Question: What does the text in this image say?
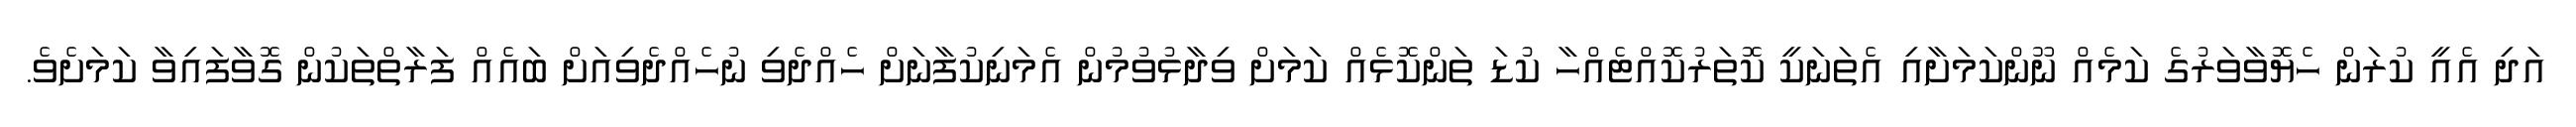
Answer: އަދި އެއީ ކުރަން ހެޔޮވާވަރުގެ ކަމެއް ނޫންކަމަށާއި އެތަނަކީ ކޮތަރުކޮއްޓެއްހާ ކުޑަ ތަންކޮޅެއް ކަމަށް ވިދާޅުވުމުން އެމަނިކުފާނަށް ހެއްދެވި ނުހެއްދެވިއަށް ބައެއް ފަރާތްތަކުން ގޮވާފައިވާ ކަމަށެވެ.